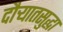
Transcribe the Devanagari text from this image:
दौर्‍यातसुद्धा